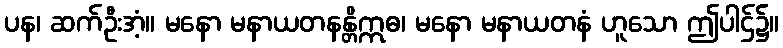
ပန၊ ဆက်ဦးအံ့။ မနော မနာယတနန္တိဣဓ၊ မနော မနာယတနံ ဟူသော ဤပါဌ်၌။